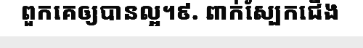
ពួកគេឲ្យបានល្អ។៩. ពាក់ស្បែកជើង